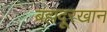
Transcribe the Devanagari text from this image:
बहादूरखान